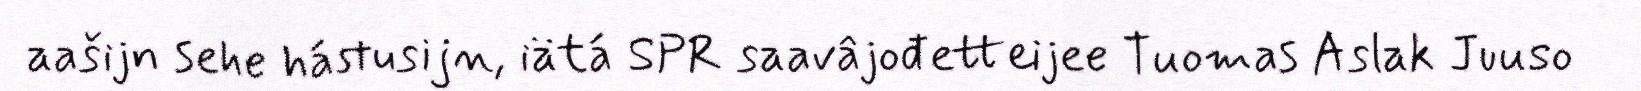
aašijn sehe hástusijn, iätá SPR saavâjođetteijee Tuomas Aslak Juuso